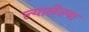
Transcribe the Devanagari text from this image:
ल्यालेल्या